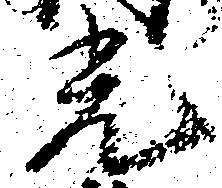
光